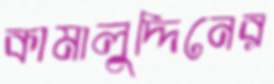
কামালুদ্দিনের